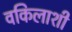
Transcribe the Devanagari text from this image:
वकिलाशी